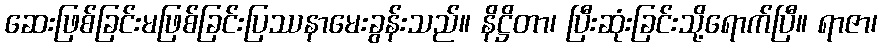
ဆေးဖြစ်ခြင်းမဖြစ်ခြင်းပြဿနာမေးခွန်းသည်။ နိဋ္ဌိတာ၊ ပြီးဆုံးခြင်းသို့ရောက်ပြီ။ ရာဇာ၊